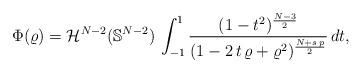
LaTeX: \begin{align*}\Phi(\varrho)=\mathcal{H}^{N-2}(\mathbb{S}^{N-2})\,\int_{-1}^1 \frac{(1-t^2)^\frac{N-3}{2}}{(1-2\,t\,\varrho+\varrho^2)^\frac{N+s\,p}{2}}\, dt,\end{align*}